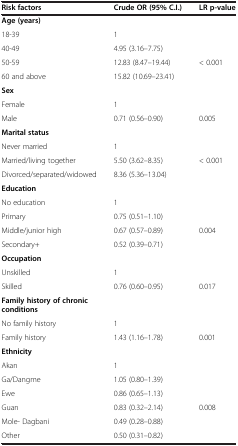
<table><thead><tr><td><b>Risk factors</b></td><td><b>Crude OR (95% C.I.)</b></td><td><b>LR p-value</b></td></tr></thead><tbody><tr><td><b>Age (years)</b></td><td>[EMPTY_CELL]</td><td>[EMPTY_CELL]</td></tr><tr><td>18-39</td><td>1</td><td>[EMPTY_CELL]</td></tr><tr><td>40-49</td><td>4.95 (3.16–7.75)</td><td>[EMPTY_CELL]</td></tr><tr><td>50-59</td><td>12.83 (8.47–19.44)</td><td>&lt; 0.001</td></tr><tr><td>60 and above</td><td>15.82 (10.69–23.41)</td><td>[EMPTY_CELL]</td></tr><tr><td><b>Sex</b></td><td>[EMPTY_CELL]</td><td>[EMPTY_CELL]</td></tr><tr><td>Female</td><td>1</td><td>[EMPTY_CELL]</td></tr><tr><td>Male</td><td>0.71 (0.56–0.90)</td><td>0.005</td></tr><tr><td><b>Marital status</b></td><td>[EMPTY_CELL]</td><td>[EMPTY_CELL]</td></tr><tr><td>Never married</td><td>1</td><td>[EMPTY_CELL]</td></tr><tr><td>Married/living together</td><td>5.50 (3.62–8.35)</td><td rowspan="2">&lt; 0.001</td></tr><tr><td>Divorced/separated/widowed</td><td>8.36 (5.36–13.04)</td></tr><tr><td><b>Education</b></td><td>[EMPTY_CELL]</td><td>[EMPTY_CELL]</td></tr><tr><td>No education</td><td>1</td><td>[EMPTY_CELL]</td></tr><tr><td>Primary</td><td>0.75 (0.51–1.10)</td><td>[EMPTY_CELL]</td></tr><tr><td>Middle/junior high</td><td>0.67 (0.57–0.89)</td><td>0.004</td></tr><tr><td>Secondary+</td><td>0.52 (0.39–0.71)</td><td>[EMPTY_CELL]</td></tr><tr><td><b>Occupation</b></td><td>[EMPTY_CELL]</td><td>[EMPTY_CELL]</td></tr><tr><td>Unskilled</td><td>1</td><td>[EMPTY_CELL]</td></tr><tr><td>Skilled</td><td>0.76 (0.60–0.95)</td><td>0.017</td></tr><tr><td><b>Family history of chronic conditions</b></td><td>[EMPTY_CELL]</td><td>[EMPTY_CELL]</td></tr><tr><td>No family history</td><td>1</td><td>[EMPTY_CELL]</td></tr><tr><td>Family history</td><td>1.43 (1.16–1.78)</td><td>0.001</td></tr><tr><td><b>Ethnicity</b></td><td>[EMPTY_CELL]</td><td>[EMPTY_CELL]</td></tr><tr><td>Akan</td><td>1</td><td>[EMPTY_CELL]</td></tr><tr><td>Ga/Dangme</td><td>1.05 (0.80–1.39)</td><td>[EMPTY_CELL]</td></tr><tr><td>Ewe</td><td>0.86 (0.65–1.13)</td><td>[EMPTY_CELL]</td></tr><tr><td>Guan</td><td>0.83 (0.32–2.14)</td><td>0.008</td></tr><tr><td>Mole- Dagbani</td><td>0.49 (0.28–0.88)</td><td>[EMPTY_CELL]</td></tr><tr><td>Other</td><td>0.50 (0.31–0.82)</td><td>[EMPTY_CELL]</td></tr></tbody></table>